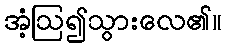
အံ့ဩ၍သွားလေ၏။